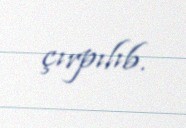
çırpılıb.